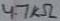
Text: 4.7KΩ